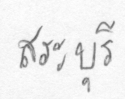
สระบุรี